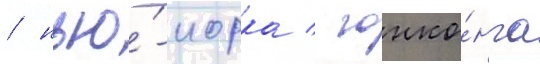
/ нью́-иорка / гонко́нга